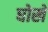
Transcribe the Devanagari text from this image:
घोखे